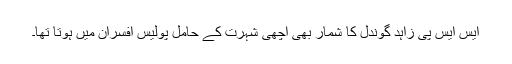
ایس ایس پی زاہد گوندل کا شمار بھی اچھی شہرت کے حامل پولیس افسران میں ہوتا تھا۔